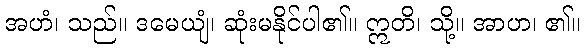
အဟံ၊ သည်။ ဒမေယျံ၊ ဆုံးမနိုင်ပါ၏။ ဣတိ၊ သို့။ အာဟ၊ ၏။